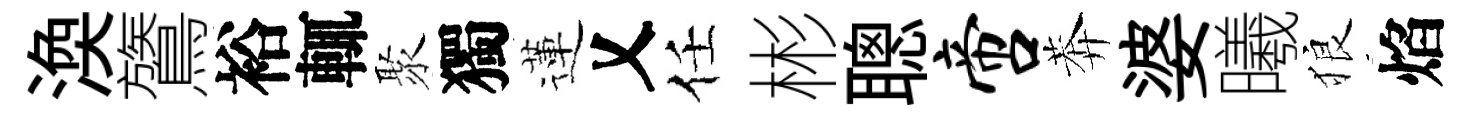
渙鷟裕輒聚獨蓮乂任彬聰啻莾婆曦狼焰